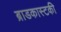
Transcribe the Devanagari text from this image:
ब्राडकास्टकी